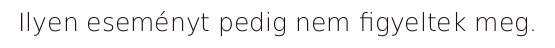
Ilyen eseményt pedig nem figyeltek meg.